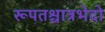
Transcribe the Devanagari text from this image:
रूपतश्चात्रभेदो